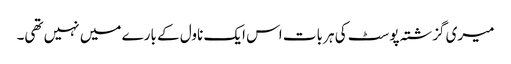
میری گزشتہ پوسٹ کی ہر بات اس ایک ناول کے بارے میں نہیں تھی۔